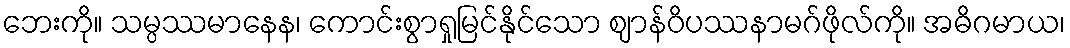
ဘေးကို။ သမ္ပဿမာနေန၊ ကောင်းစွာရှုမြင်နိုင်သော ဈာန်ဝိပဿနာမဂ်ဖိုလ်ကို။ အဓိဂမာယ၊